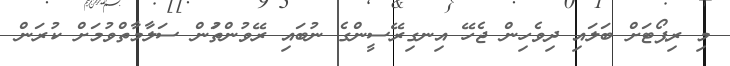
މި ރިޕޯޓަށް ބަލައި ދިވެހިން ޖެހޭ އިނގިރޭސީންގެ ނުބައި ރޭވުންތަުން ސަލާމާތްވުމަށް ކުރަން